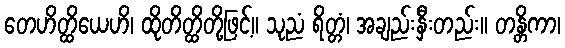
တေဟိတ္ထိယေဟိ၊ ထိုတိတ္ထိတို့ဖြင့်။ သုညံ ရိတ္တံ၊ အချည်းနှီးတည်း။ တန္တိကာ၊